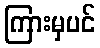
ကြားမှပင်